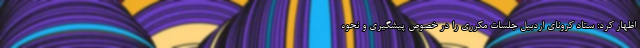
اظهار کرد: ستاد کرونای اردبیل جلسات مکرری را در خصوص پیشگیری و نحوه